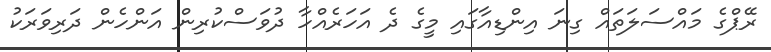
ރޭޕްގެ މައްސަލަތައް ގިނަ އިންޑިއާގައި މީގެ ދެ އަހަރެއްހާ ދުވަސްކުރިން އަންހެން ދަރިވަރަކު